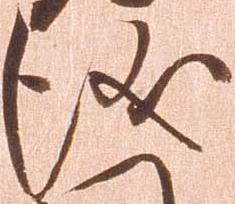
儀